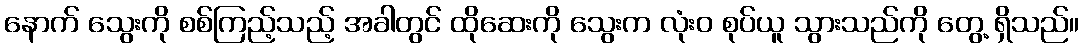
နောက် သွေးကို စစ်ကြည့်သည့် အခါတွင် ထိုဆေးကို သွေးက လုံးဝ စုပ်ယူ သွားသည်ကို တွေ့ ရှိသည်။